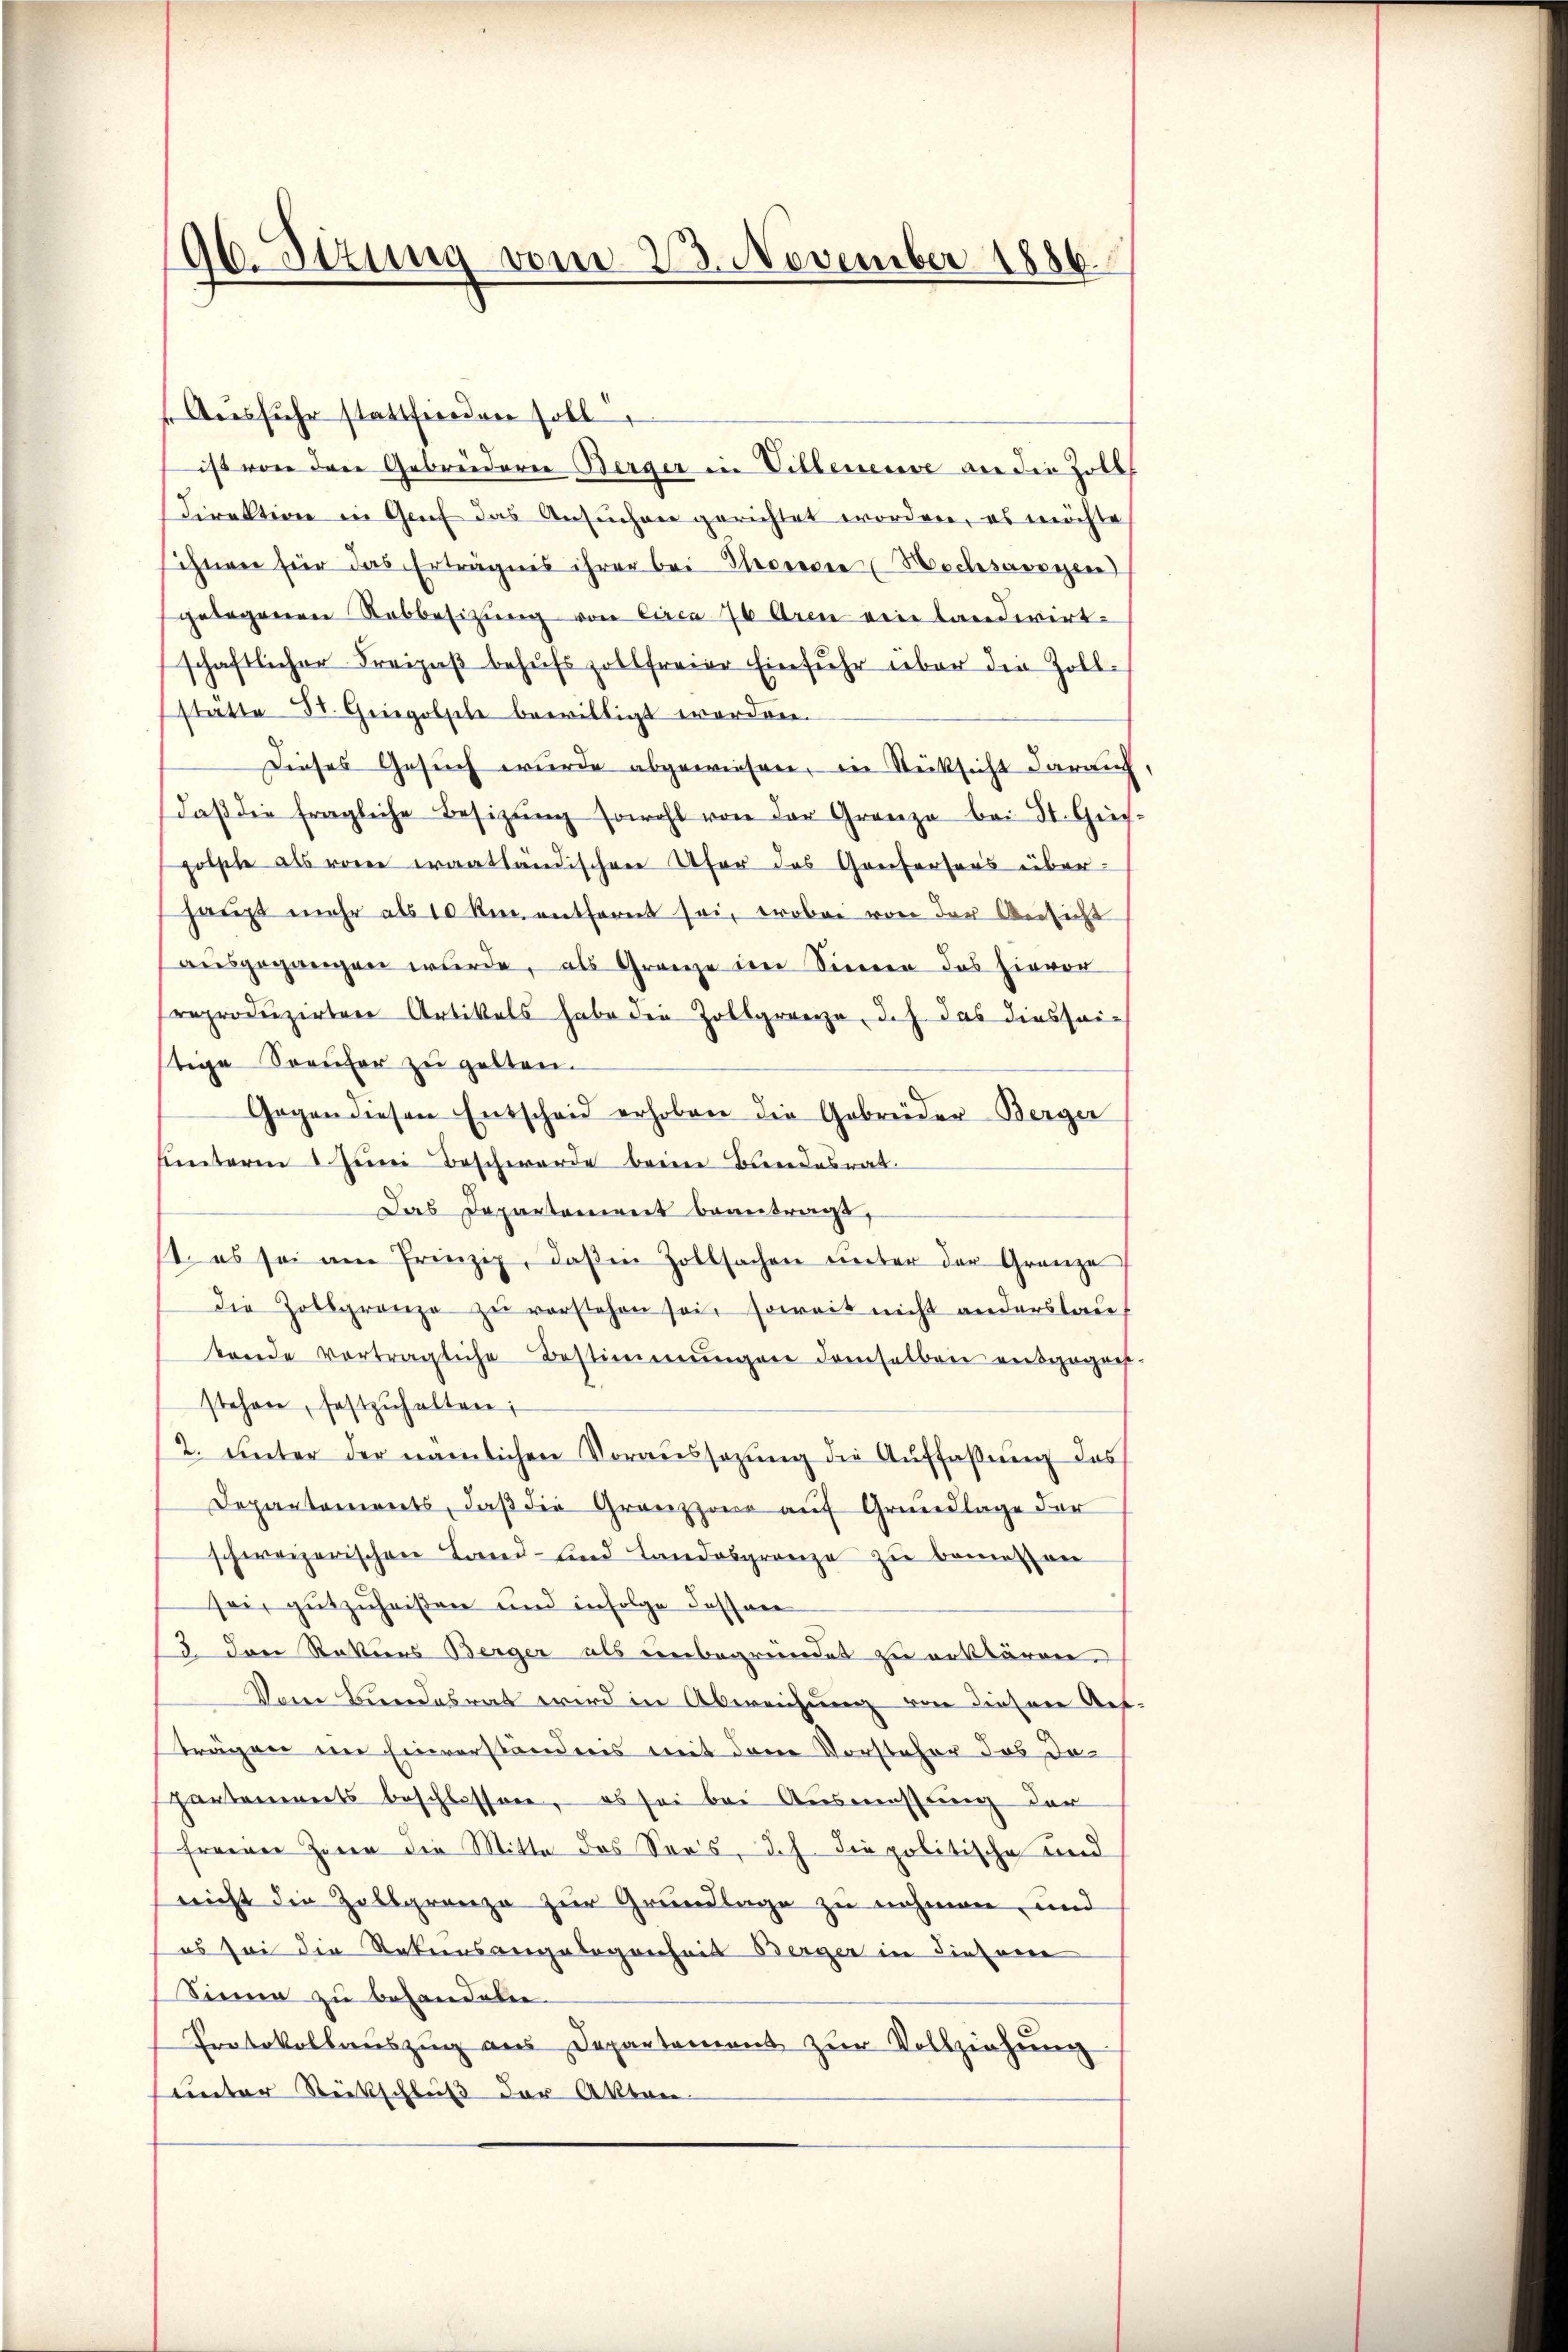
96. Stzung vom 23. November 1886

Ausfuhr stattfinden Fall
ist von den Gebrüdern Berger in Villeneuve an die Zoll¬
Direktion in Genf das Ansuchen gerichtet worden, es möchte
sihnen für das Erträgnis ihrer bei Secredie Woches eigen
gelegenen Rabbesitzung von circa 70 Aren ein landwirt-
schaftlicher Freizaß behufs zollfreier Einfuhr über die Zoll-
stätte St. Gregolsele bewilligt worden.
Dieses Gesŭch wurde abgewiesen, in Rücksicht darauf
daβ die fragliche Besitzŭng sowohl von der Grenze bei St. Gies-
gotsche als von erantländischen Ufer des Greifersers überhaŭpt mehr als 10 km entfernt sei, eroben von der Ansicht
aŭsgegangen wŭrde, als Grenze im Sinner das hievor
reproduzirtere Artikels habe die Zollgrenze, d.h. das diessei-
tige Seeufer zu gelten.
Gegen diesen Entscheid erhoben die Gebrüder Berger
hinterm 1 Juni Beschwerde beim Bundesrat.
Das Departement beantragt,
1. es sei am Prinzip, daβ in Zollsachen unter der Grenze
Die Zollgrenze zŭ verstehen sei, soweit nicht anderslauf
bande verträgliche Bestimmungen demselben entgegenes.
stehen, festzŭhalten;
2. unter der nämlichen Voraussezung die Auffaßung das
Departements, daß die Grenzzone auf Grundlage der
schweizerischen Land- und Landesgrenze zu bemessen
sei, gutzuheißen und infolge dessner
5 Der Rattins Berger als unbegründet zu erklären,
Vom Bundesrat wird in Abweichung von dieser Auf-
träger ein Einverständnis mit den Vorsteher das da
pantements beschlossen, es sei bei Ausmessung der
fraener Zeren die Mitte das Sors. Ich die politische und
nicht die Zollgrenze zur Grundlage zu nehmen, und
es sei die Rekursangelegenheit Berger in diesem
Siena zu behandeln.
Protokollauszug aus Departement zur Vollziehung
uinter Rückschluß der Akten